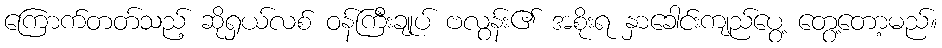
ကြောက်တတ်သည့် ဆိုရှယ်လစ် ဝန်ကြီးချုပ် ဗလွန်း၏ အစိုးရ နှာခေါင်းကျည်ပွေ့ တွေ့တော့မည်။